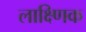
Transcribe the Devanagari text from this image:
लाक्ष्णिक